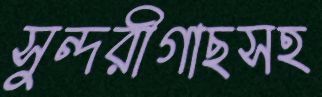
সুন্দরীগাছসহ